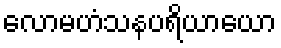
လောမဟံသနပရိယာယော